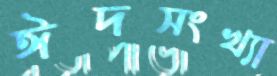
ঈদসংখ্যা